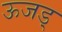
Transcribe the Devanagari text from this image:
ऊजड्